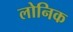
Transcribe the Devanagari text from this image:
लोनिक